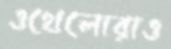
ওথেলোরাও